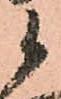
候